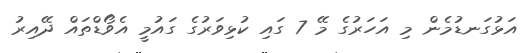
އަޅުގަނޑުމެން މި އަހަރުގެ މޭ 7 ގައި ކުޅިވަރުގެ ގައުމީ އެވޯޑްތައް ދޭއިރު